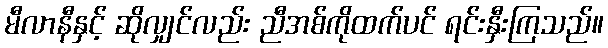
မီလာနီနှင့် ဆိုလျှင်လည်း ညီအစ်ကိုထက်ပင် ရင်းနှီးကြသည်။